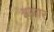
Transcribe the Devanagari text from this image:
इस्रार